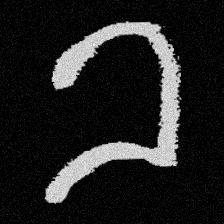
Pyu character \u2014 Myanmar letter: ခ (romanized: kha)